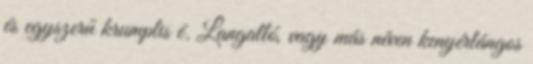
és egyszerű krumplis é. Langalló, vagy más néven kenyérlángos